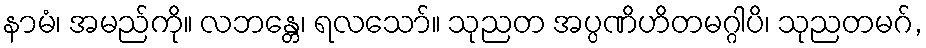
နာမံ၊ အမည်ကို။ လဘန္တေ၊ ရလသော်။ သုညတ အပ္ပဏိဟိတမဂ္ဂါပိ၊ သုညတမဂ်,